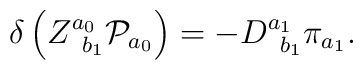
\delta \left( Z_{\;\;b_{1}}^{a_{0}}{\cal P}_{a_{0}}\right)=-D_{\;\;b_{1}}^{a_{1}}\pi _{a_{1}}.